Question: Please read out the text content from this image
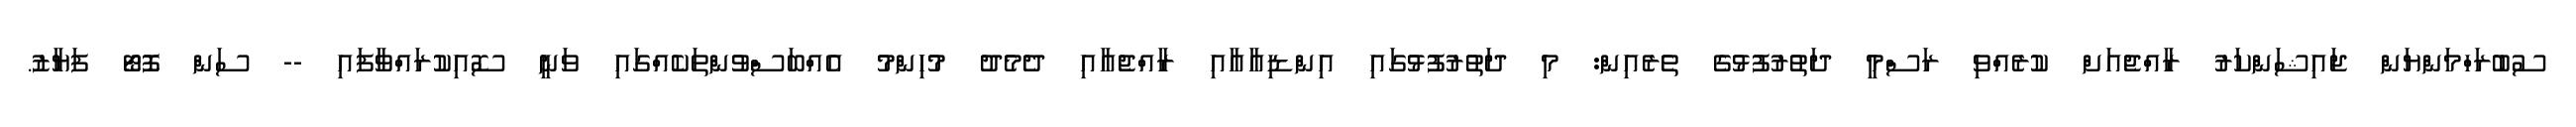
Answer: ސުބުރަހްމަންޔަން ޖައިޝަންކަރު ރާއްޖެއަށް ކުރެއްވި ރަސްމީ ދަތުރުފުޅުގެ ތެރެއިން: މި ދަތުރުފުޅުގައި އިންޑިއާއާއި ރާއްޖެއާއި ދެމެދު މުހިންމު އެއްބަސްވުންތަކެއްގައި ވަނީ ސޮއިކުރައްވާފައި -- ސަން ފޮޓޯ ފަޔާޒު.